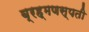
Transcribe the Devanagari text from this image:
ब्रह्मणस्पती